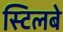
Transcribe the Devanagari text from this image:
स्टिलबे